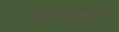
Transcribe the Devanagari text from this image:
महाभारतील